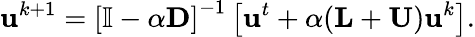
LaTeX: \mathbf{u}^{k+1}=\left[\mathbb{I}-\alpha\mathbf{D}\right]^{-1}\left[\mathbf{u}^{t}+\alpha(\mathbf{L}+\mathbf{U})\mathbf{u}^{k}\right].